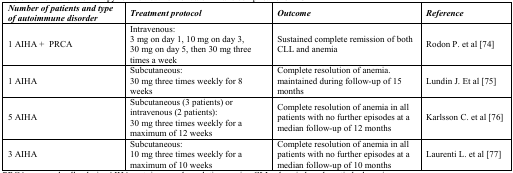
| Number of patients and type of autoimmune disorder | Treatment protocol | Outcome | Reference |
 | --- | --- | --- | --- |
 | 1 AIHA + PRCA | Intravenous:3 mg on day 1, 10 mg on day 3, 30 mg on day 5, then 30 mg three times a week | Sustained complete remission of both CLL and anemia | Rodon P. et al [74] |
 | 1 AIHA | Subcutaneous:30 mg three times weekly for 8 weeks | Complete resolution of anemia. maintained during follow-up of 15 months | Lundin J. Et al [75] |
 | 5 AIHA | Subcutaneous (3 patients) or intravenous (2 patients):30 mg three times weekly for a maximum of 12 weeks | Complete resolution of anemia in all patients with no further episodes at a median follow-up of 12 months | Karlsson C. et al [76] |
 | 3 AIHA | Subcutaneous:10 mg three times weekly for a maximum of 10 weeks | Complete resolution of anemia in all patients with no further episodes at a median follow-up of 10 months | Laurenti L. et al [77] |